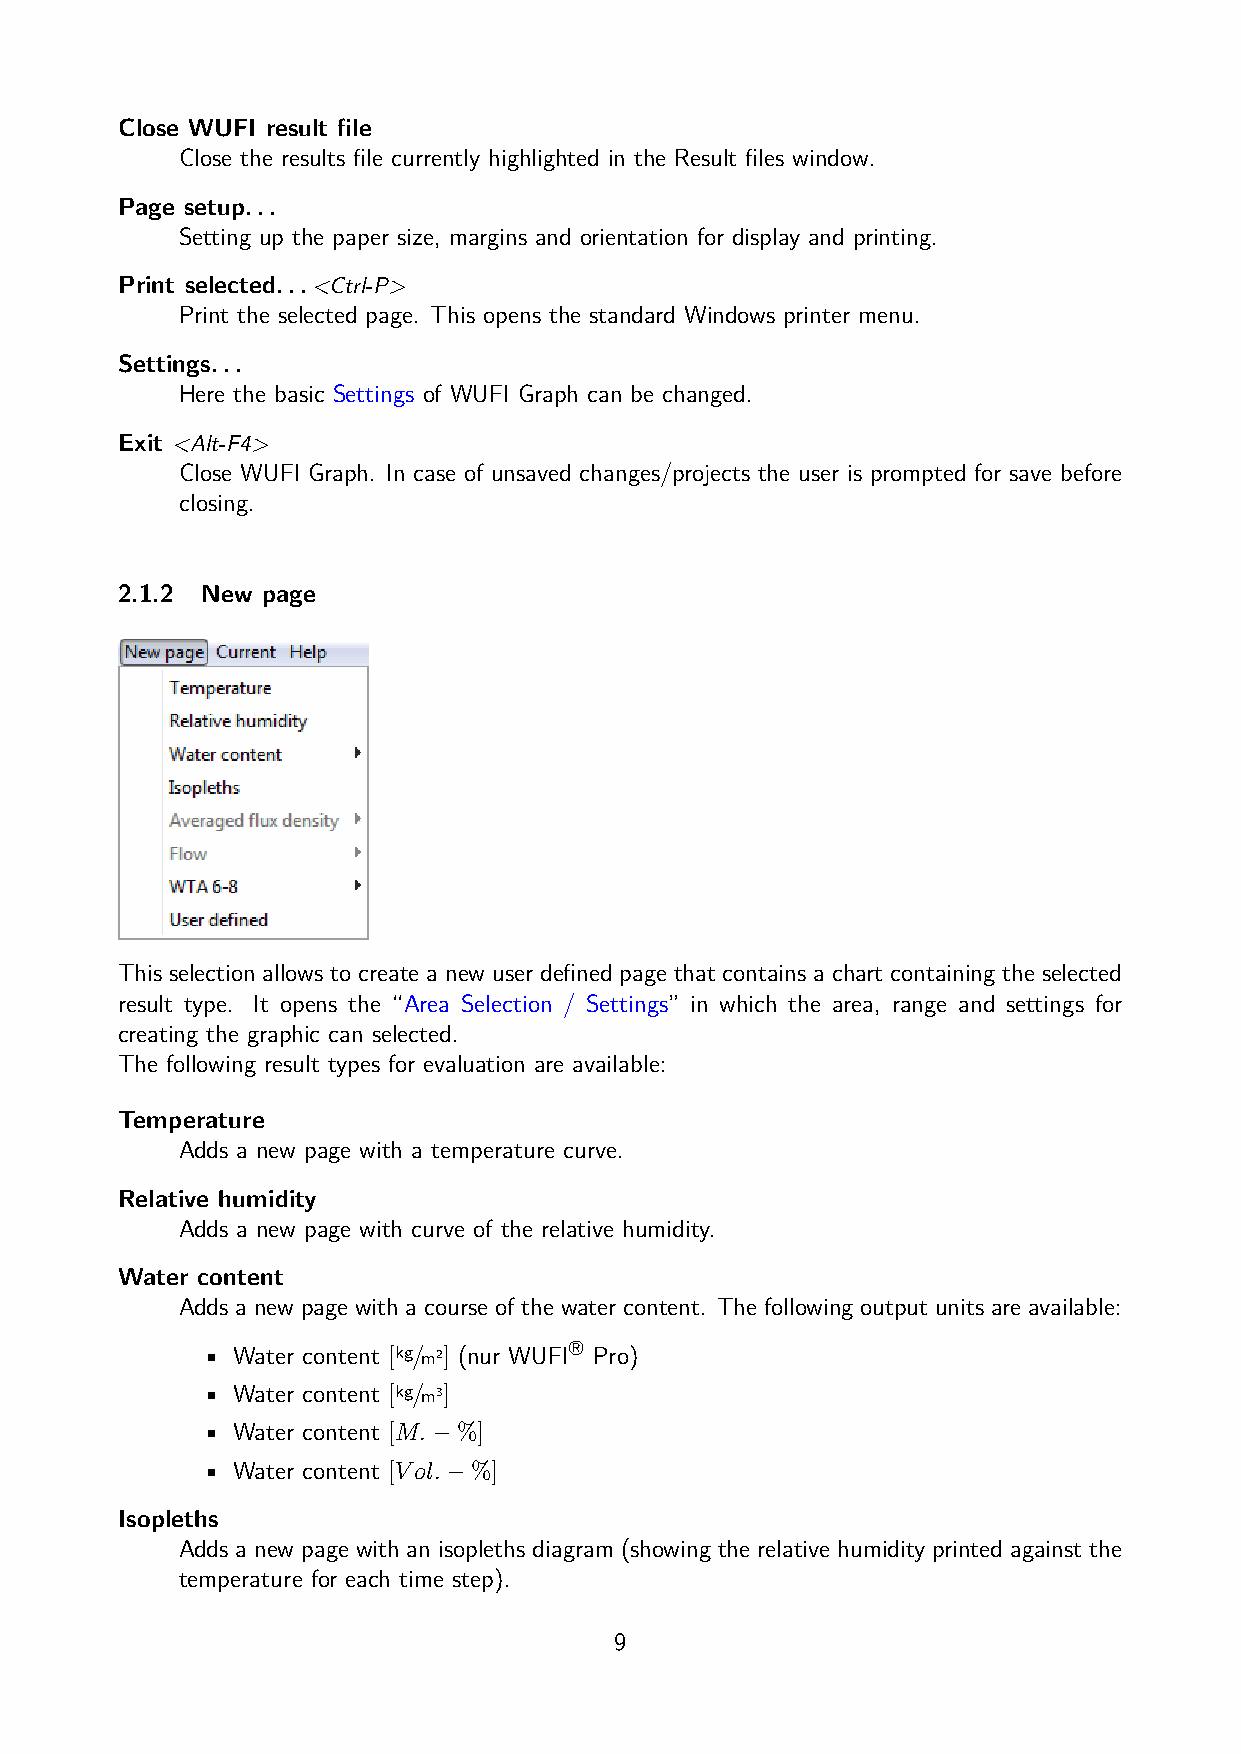
Close WUFI result file
 Close the results file currently highlighted in the Result files window.
 Page setup...
 Setting up the paper size, margins and orientation for display and printing.
 Print selected...
 <Ctrl-P>
 Print the selected page. This opens the standard Windows printer menu.
 Settings...
 Here the basic Settings of WUFI Graph can be changed.
 Exit
 <Alt-F4>
 Close WUFI Graph. In case of unsaved changes/projects the user is prompted for save before
 closing.
 2.1.2 New page
 This selection allows to create a new user defined page that contains a chart containing the selected
 result type. It opens the “Area Selection / Settings” in which the area, range and settings for
 creating the graphic can selected.
 The following result types for evaluation are available:
 Temperature
 Adds a new page with a temperature curve.
 Relative humidity
 Adds a new page with curve of the relative humidity.
 Water content
 Adds a new page with a course of the water content. The following output units are available:
 ®
 • Water content [kg/m2] (nur WUFI Pro)
 • Water content [kg/m3]
 • Water content [M.−%]
 • Water content [Vol.−%]
 Isopleths
 Adds a new page with an isopleths diagram (showing the relative humidity printed against the
 temperature for each time step).
 9